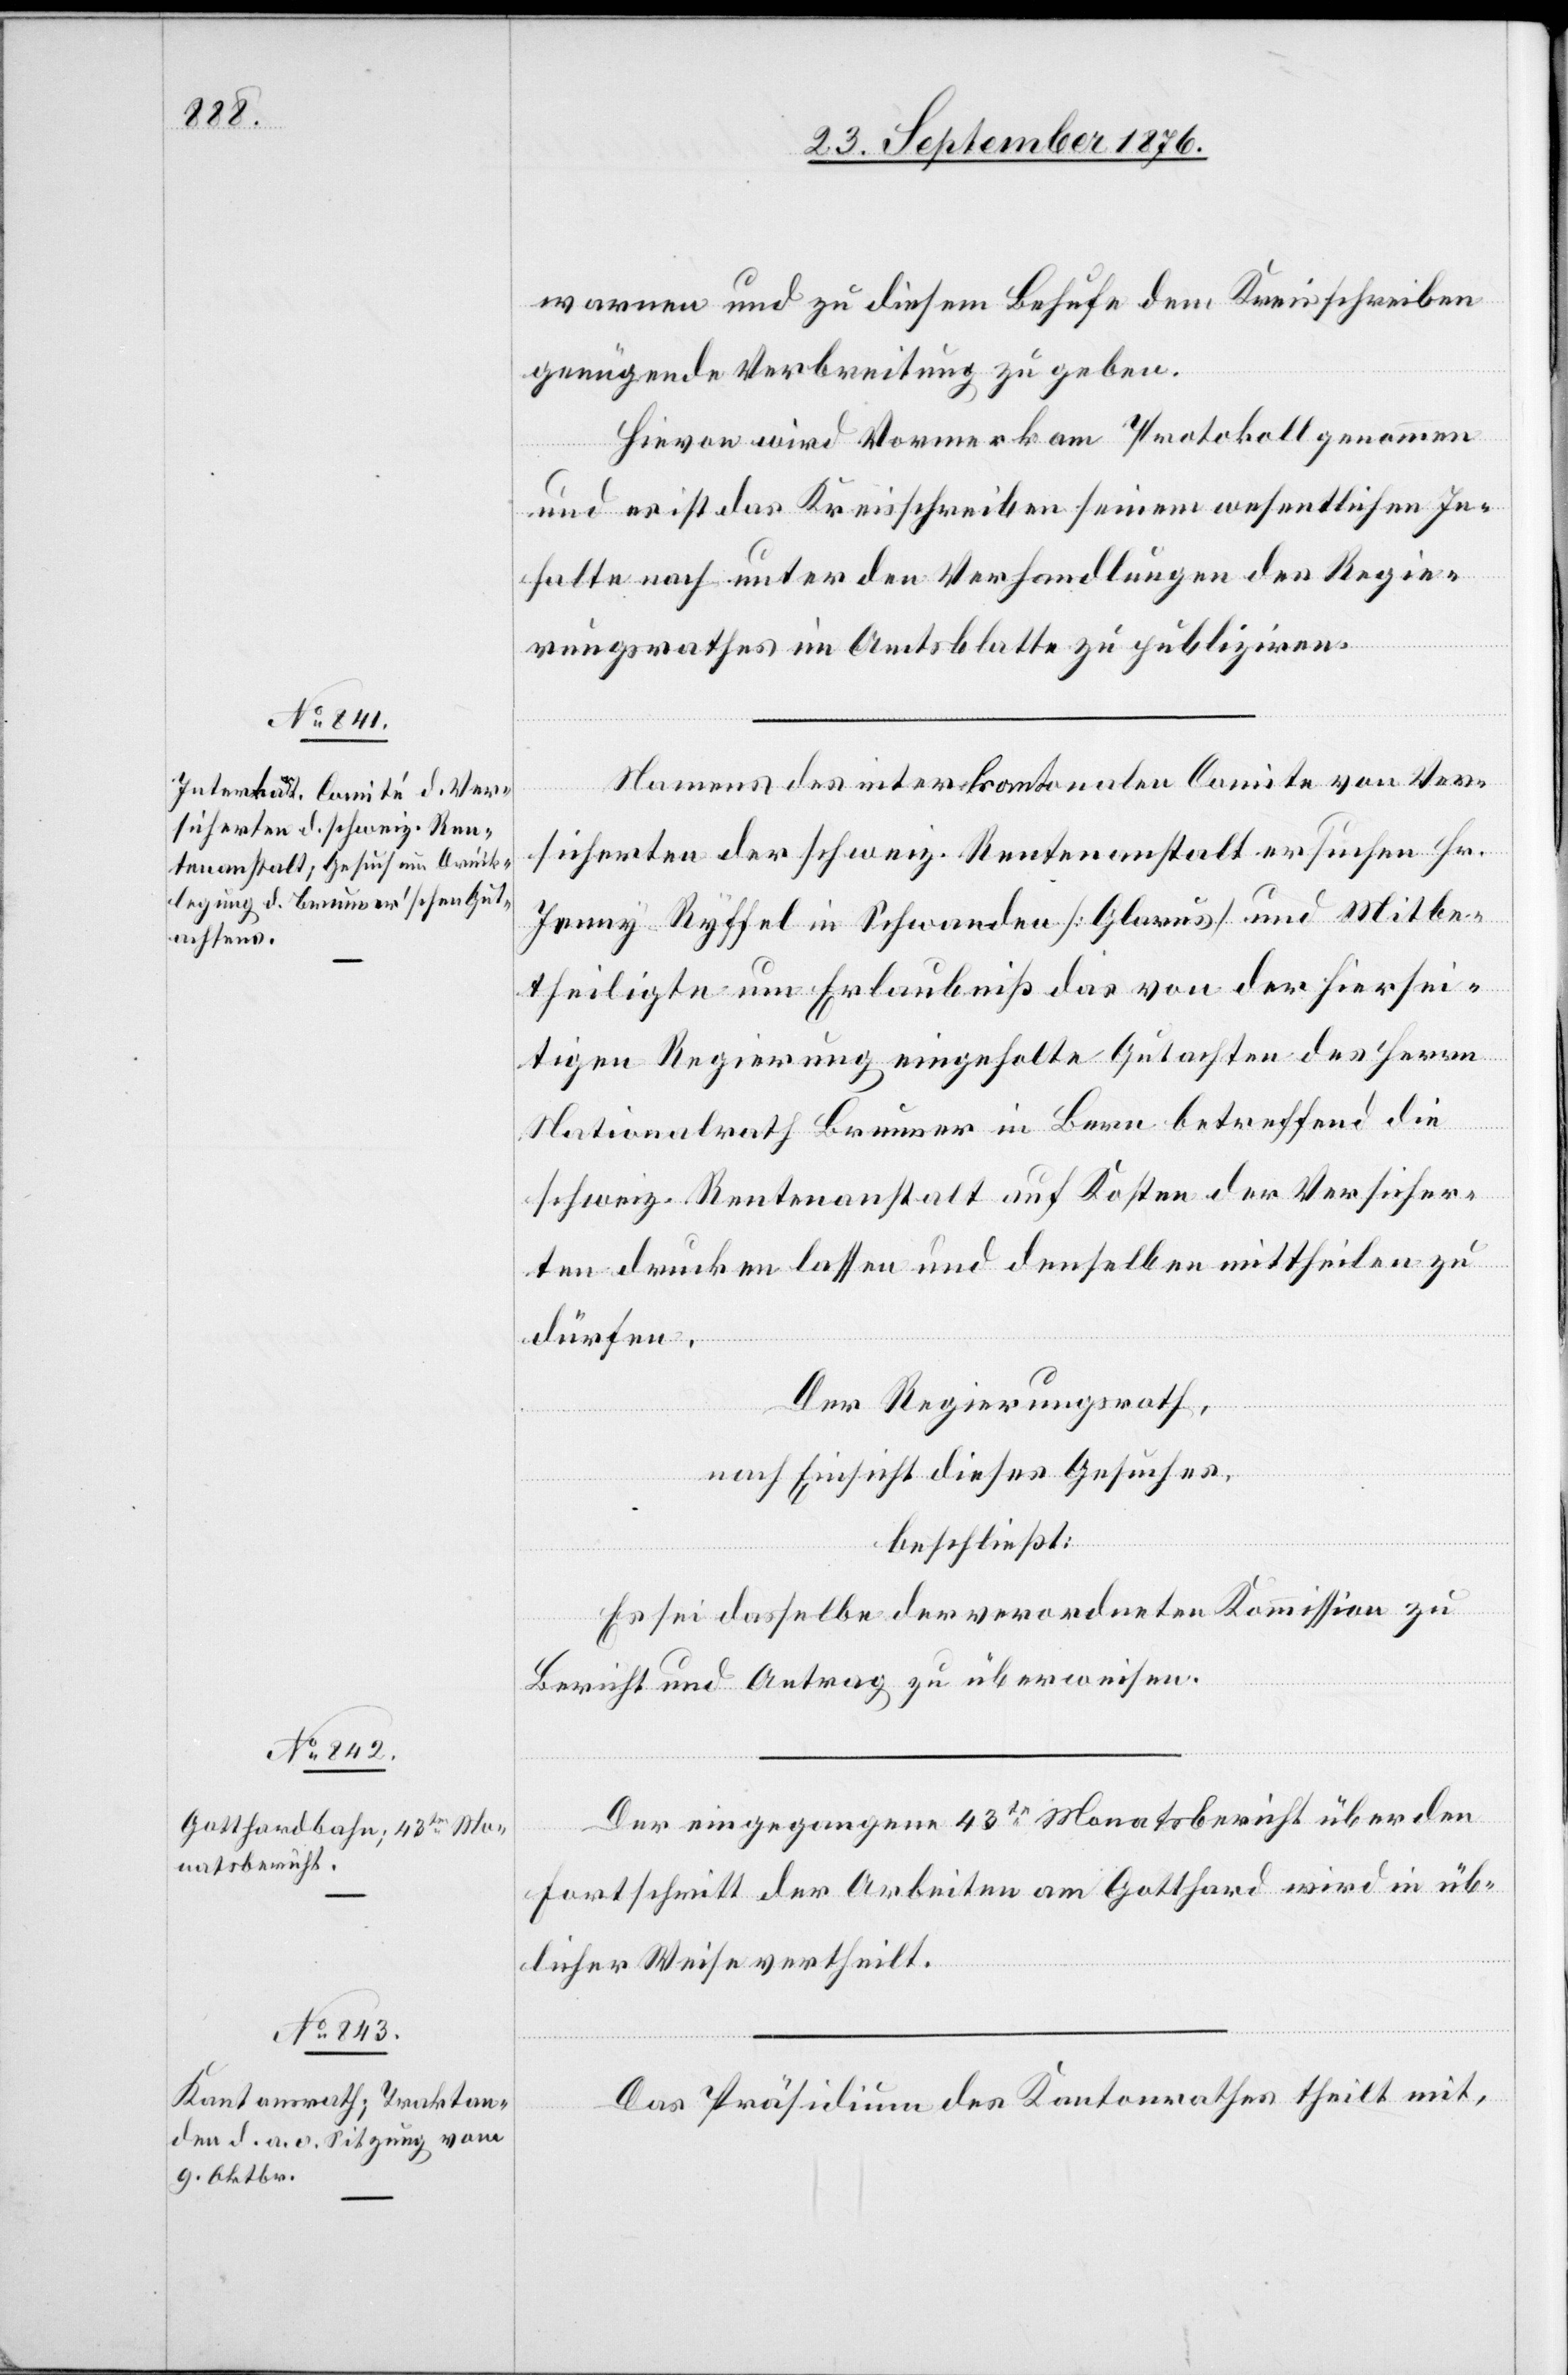
warnen und zu diesem Behufe dem Kreisschreiben
genügende Verbreitung zu geben.
Hievon wird Vormerk am Protokoll genommen
und es ist das Kreisschreiben seinem wesentlichen In¬
halte nach unter den Verhandlungen des Regie¬
rungsrathes im Amtsblatte zu publiziren.
Namens des interkantonalen Comite von Ver¬
sicherten der schweiz. Rentenanstalt ersuchen Hr.
Trunz-Ryffel in Schwanden [Glarus] und Mitbe¬
theiligte um Erlaubniß das von der hiersei¬
tigen Regierung eingeholte Gutachten des Herrn
Nationalrath Brunner in Bern betreffend die
schweiz. Rentenanstalt auf Kosten der Versicher¬
ten drucken lassen und denselben mittheilen zu
dürfen.
Der Regierungsrath,
nach Einsicht dieses Gutachtens,
beschließt:
Es sei dasselbe der verordneten Kommission zu
Bericht und Antrag zu überweisen.
Der eingegangene 43te Monatsbericht über den
Fortschritt der Arbeiten am Gotthard wird in üb¬
licher Weise vertheilt.
Das Präsidium des Kantonsrathes theilt mit,